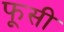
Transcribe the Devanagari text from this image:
फूसी